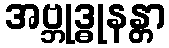
အဗ္ဘုဒ္ဓုနန္တာ